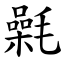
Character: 氉